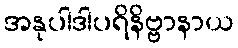
အနုပါဒါပရိနိဗ္ဗာနာယ